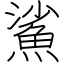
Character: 鯊